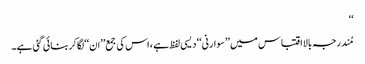
‘‘
مُندرجہ بالااقتباس میں ’’سوارنی‘‘ دیسی لفظ ہے ، اس کی جمع’’ان‘‘لگاکربنائی گئی ہے۔